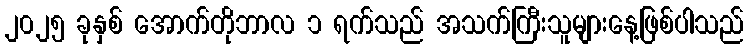
၂၀၂၅ ခုနှစ် အောက်တိုဘာလ ၁ ရက်သည် အသက်ကြီးသူများနေ့ဖြစ်ပါသည်